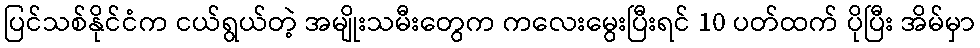
ပြင်သစ်နိုင်ငံက ငယ်ရွယ်တဲ့ အမျိုးသမီးတွေက ကလေးမွေးပြီးရင် 10 ပတ်ထက် ပိုပြီး အိမ်မှာ